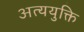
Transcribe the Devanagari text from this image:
अत्ययुक्ति